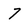
Character: 7